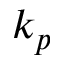
k _ { p }